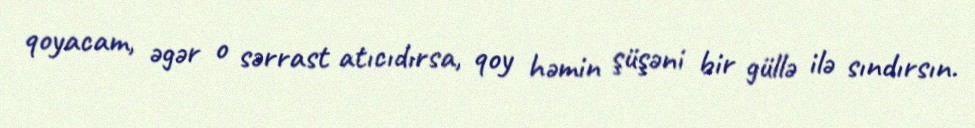
qoyacam, əgər o sərrast atıcıdırsa, qoy həmin şüşəni bir güllə ilə sındırsın.